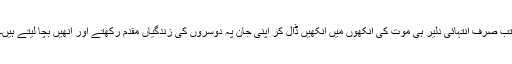
تب صرف انتہائی دلیر ہی موت کی آنکھوں میں آنکھیں ڈال کر اپنی جان پہ دوسروں کی زندگیاں مقدم رکھتے اور انھیں بچا لیتے ہیں۔